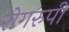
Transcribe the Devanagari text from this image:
रोगरुपी